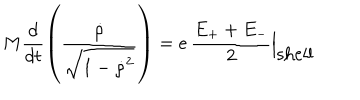
LaTeX: M \frac { d } { d t } \left( \frac { { \dot { \rho } } } { \sqrt { 1 - { \dot { \rho } } ^ { 2 } } } \right) = e \, \frac { E _ { + } + E _ { - } } { 2 } \Bigl | _ { \textstyle \mathrm { s h e l l } }